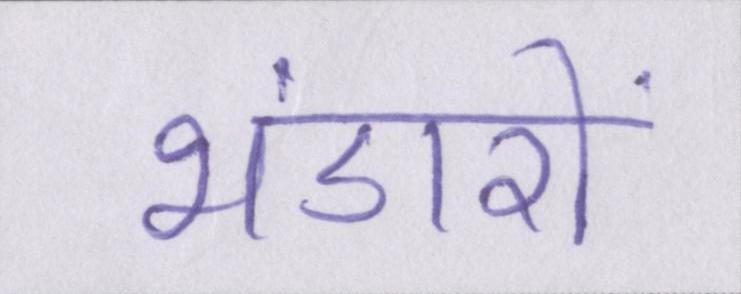
भंडारों